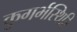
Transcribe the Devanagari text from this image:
कुगर्भस्थिति